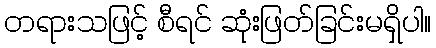
တရားသဖြင့် စီရင် ဆုံးဖြတ်ခြင်းမရှိပါ။